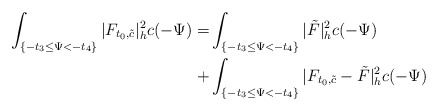
\begin{align*}\int_{ \{-t_3\le \Psi<-t_4\}}|F_{t_0,\tilde{c}}|^2_hc(-\Psi)=&\int_{ \{-t_3\le \Psi<-t_4\}}|\tilde{F}|^2_hc(-\Psi)\\+&\int_{\{-t_3\le \Psi<-t_4\}}|F_{t_0,\tilde{c}}-\tilde{F}|^2_hc(-\Psi)\end{align*}